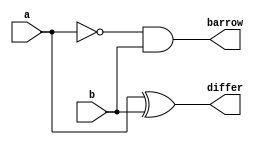
`timescale 1ns / 1ps
//////////////////////////////////////////////////////////////////////////////////
// Company: 
// Engineer: 
// 
// Design Name: 
// Module Name: HS_dataflow
// Project Name: 
// Target Devices: 
// Tool Versions: 
// Description: 
// 
// Dependencies: 
// 
// Revision:
// Revision 0.01 - File Created
// Additional Comments:
// 
//////////////////////////////////////////////////////////////////////////////////


module HS_dataflow(
    input a,
    input b,
    output differ,
    output barrow
    );
    assign differ=a ^b; 
    assign barrow=~a&b; 
endmodule